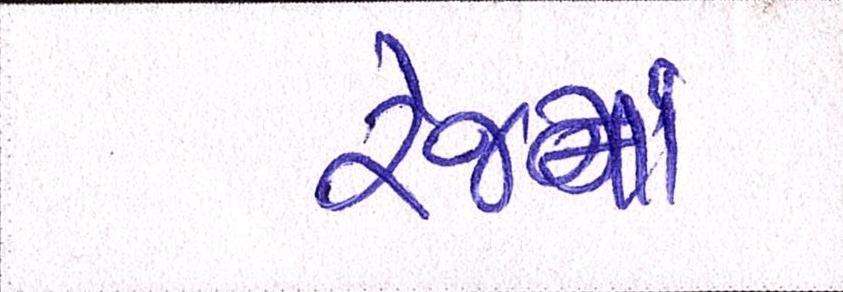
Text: રેંજમાં